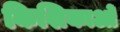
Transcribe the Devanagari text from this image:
किशिकाओं